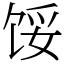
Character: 馁